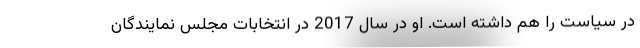
در سیاست را هم داشته است. او در سال 2017 در انتخابات مجلس نمایندگان